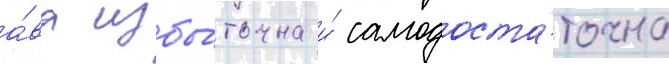
а́ва избы́точна и́ самодоста́точна